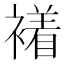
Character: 𧝙